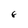
Character: 6